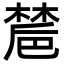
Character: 㯄